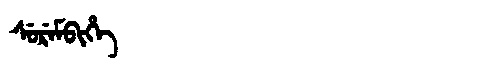
Manchu: ᠰᡠᡵᡝᠮᠪᡳᡥᡝ
Romanization: SUREMBIHE